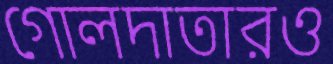
গোলদাতারও